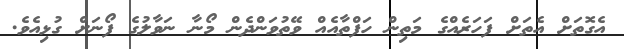
އެގޮތަށް އެތަށް ފަހަރެއްގެ މަތިން ހަފްތާއެއް ވޭތުވަންދެން މޯނާ ނަވާލުގެ ފޯނަށް ގުޅިއެވެ.